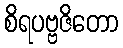
စိရပဗ္ဗဇိတော